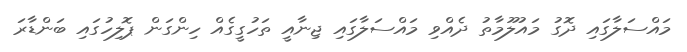
މައްސަލާގައި ދޮގު މައުލޫމާތު ދެއްވި މައްސަލާގައި ޖިނާއީ ތަހުގީގެއް ހިންގަން ޕޮލިހުގައި ބަންޑާރަ